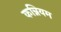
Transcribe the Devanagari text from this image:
कन्नियम